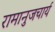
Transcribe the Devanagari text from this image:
रामानुजचार्य